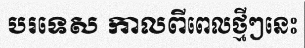
បរទេស កាលពីពេលថ្មីៗនេះ